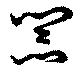
器